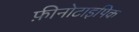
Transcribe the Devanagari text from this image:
फ़ीनोटाइपिक